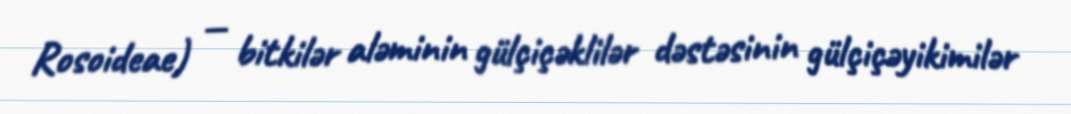
Rosoideae) — bitkilər aləminin gülçiçəklilər dəstəsinin gülçiçəyikimilər